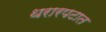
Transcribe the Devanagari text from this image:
थरारपटात